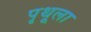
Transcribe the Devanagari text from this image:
पृथूला